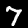
Label: 7